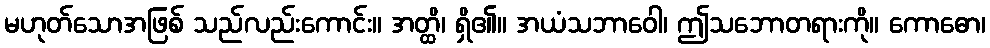
မဟုတ်သောအဖြစ် သည်လည်းကောင်း။ အတ္ထိ၊ ရှိ၏။ အယံသဘာဝေါ၊ ဤသဘောတရားကို။ ကောဓော၊